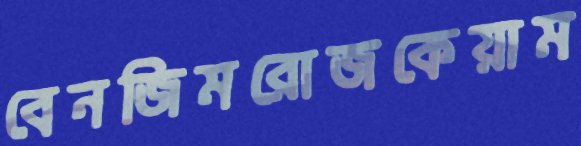
বেনজিমরোজকেয়াম